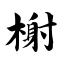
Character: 榭